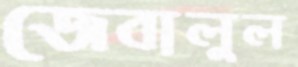
জেবালুল